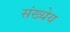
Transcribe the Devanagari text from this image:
संख्येय